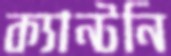
ক্যান্টনি